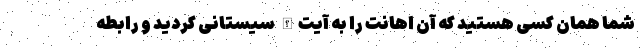
شما همان کسی هستید که آن اهانت را به آیت‌الله سیستانی کردید و رابطه